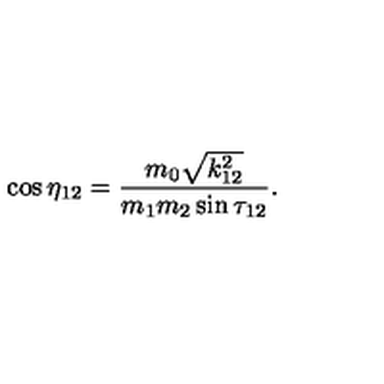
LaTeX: \cos \eta _ { 1 2 } = \frac { m _ { 0 } \sqrt { k _ { 1 2 } ^ { 2 } } } { m _ { 1 } m _ { 2 } \sin \tau _ { 1 2 } } .